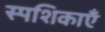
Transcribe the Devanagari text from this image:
स्पशिकाएँ